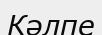
Кәлпе